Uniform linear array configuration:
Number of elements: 64
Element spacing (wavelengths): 0.5
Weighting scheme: uniform
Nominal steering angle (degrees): -45
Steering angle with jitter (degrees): -45.743
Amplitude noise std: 0.05
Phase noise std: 0.05

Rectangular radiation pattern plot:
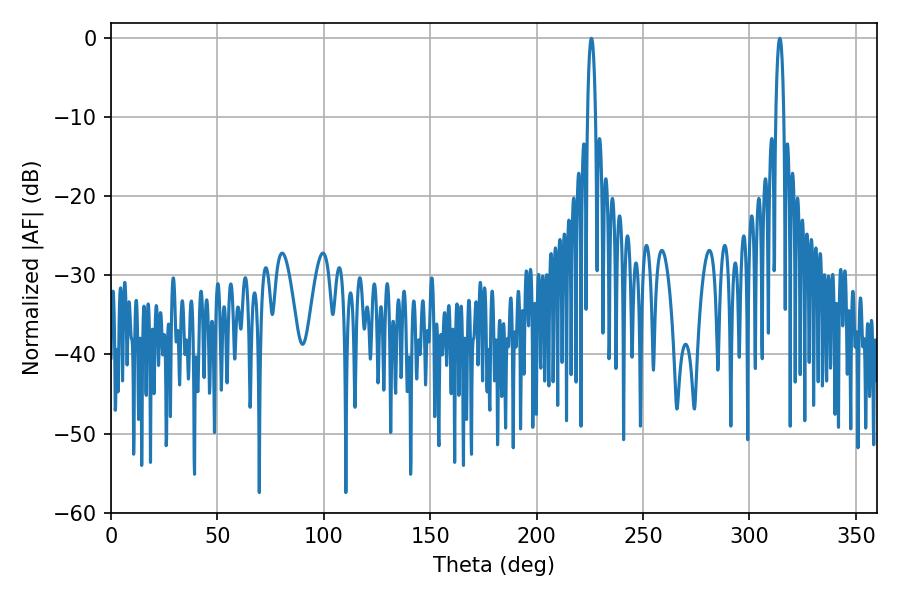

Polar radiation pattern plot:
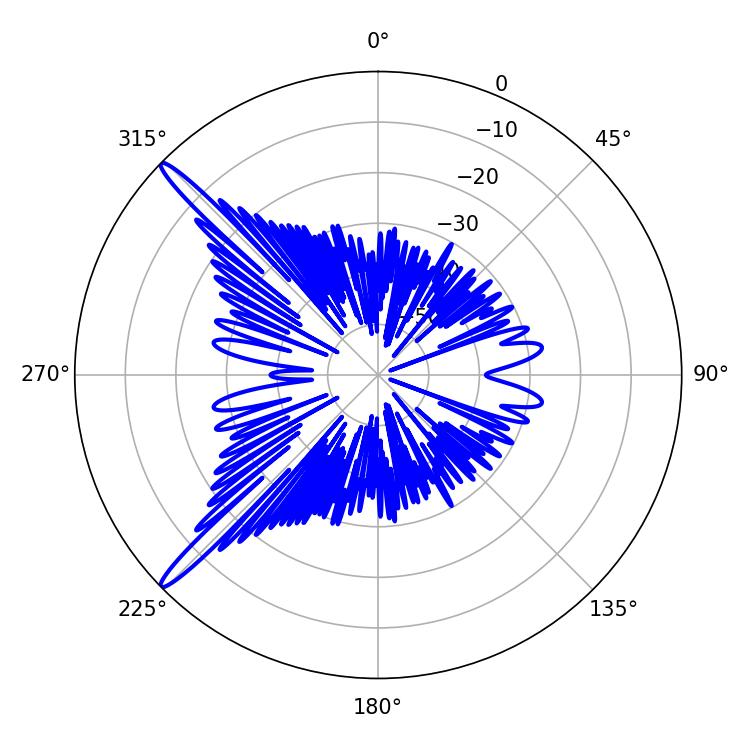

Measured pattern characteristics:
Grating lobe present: FALSE
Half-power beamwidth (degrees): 2.16
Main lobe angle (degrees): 314.28